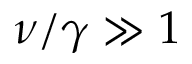
\nu / \gamma \gg 1